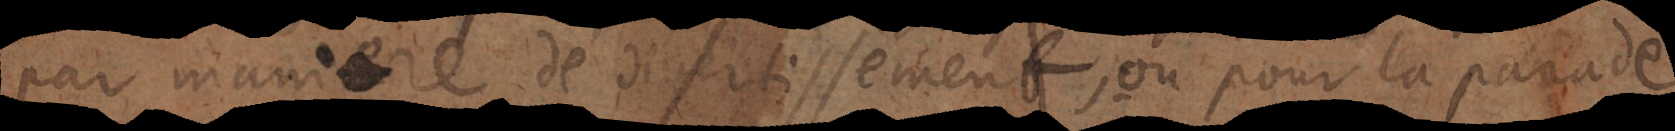
par maniere de divertissement, ou pour la parade